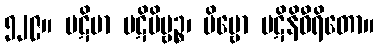
၅၂၉။ ပဋိမာ ပဋိဗိမ္ဗဉ္စ၊ ဗိမ္ဗော ပဋိနိဓီရိတော။